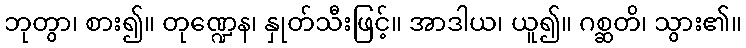
ဘုတွာ၊ စား၍။ တုဏ္ဍေန၊ နှုတ်သီးဖြင့်။ အာဒါယ၊ ယူ၍။ ဂစ္ဆတိ၊ သွား၏။